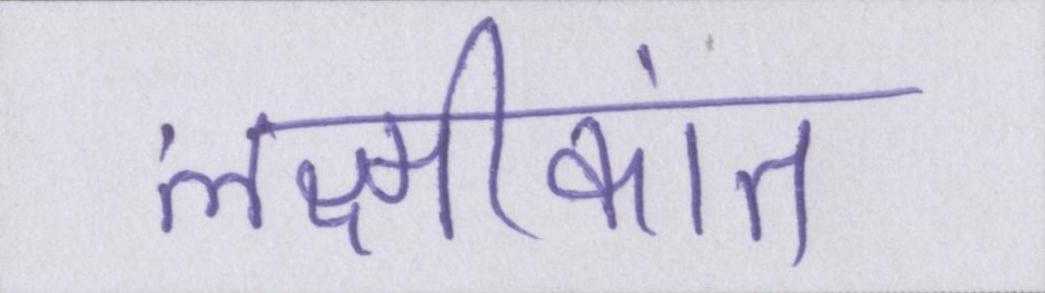
लक्ष्मीकांत